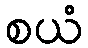
စယံ